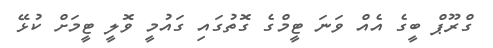
ގްރޫޕް ބީގެ އެއް ވަނަ ޓީމްގެ ގޮތުގައި ގައުމީ ވޮލީ ޓީމަށް ކުޅޭ